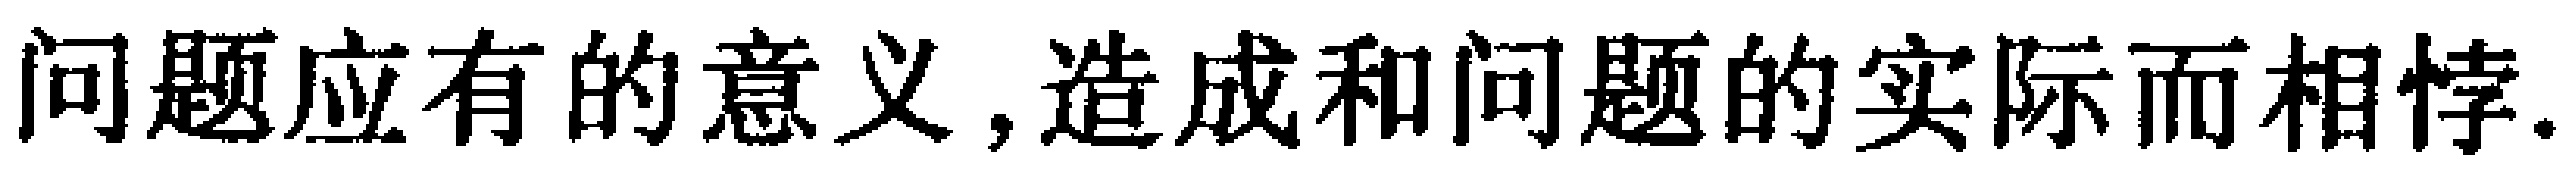
问题应有的意义,造成和问题的实际而相悖.